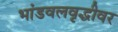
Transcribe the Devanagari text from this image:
भांडवलवृद्धीवर